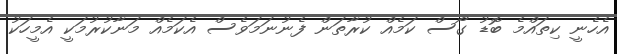
އެހެނީ ކިތައްމެ ބޮޑު ގޯސް ކަމެއް ކުރާތަން ފެނުނަމަވެސް އެކަމެއް މަނާކުރުމަކީ އެމީހަކު